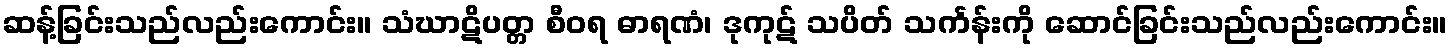
ဆန့်ခြင်းသည်လည်းကောင်း။ သံဃာဋိပတ္တ စီဝရ ဓာရဏံ၊ ဒုကုဋ် သပိတ် သင်္ကန်းကို ဆောင်ခြင်းသည်လည်းကောင်း။